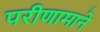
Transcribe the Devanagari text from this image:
परीणामाने